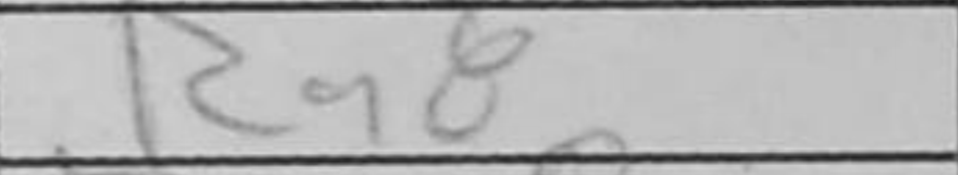
Transcription: Ra8